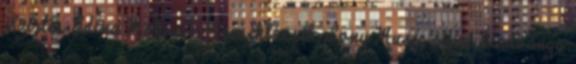
Szirtes Edina Mókus - Tesséklássék Sony Music című kiadványa